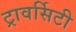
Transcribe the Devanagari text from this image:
ट्रावर्सिटी